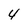
Character: 4